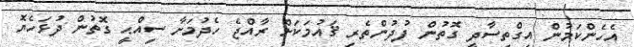
އެހެންކަމުން އިގްތިސާދީ ގޮތުން ފުދުންތެރި ޤައުމަކަށް ރާއްޖެ ހެދުމަށާ ސިއްޙީ ގޮތުން ދުޅަހެޔޮ